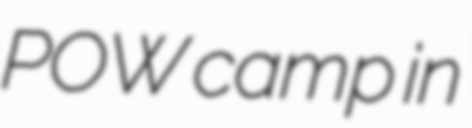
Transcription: POW camp in